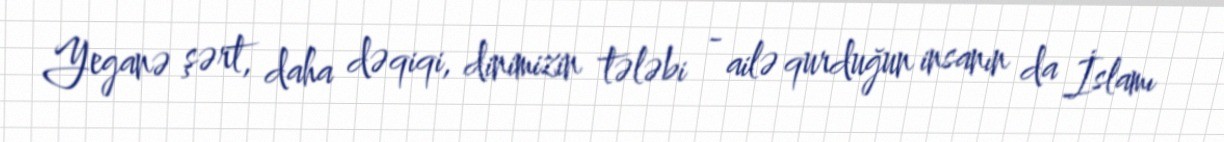
Yeganə şərt, daha dəqiqi, dinimizin tələbi - ailə qurduğun insanın da İslamı